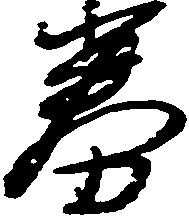
券